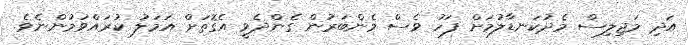
އަދި މަޖިލިސް މެދުކަނޑާލުމަށް ފަހު ވެސް މެންބަރުން ގެންދެވީ އެގޮތަށް އަމަލު ކުރައްވަމުންނެވެ.